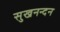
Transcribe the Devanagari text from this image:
सुखनन्दन